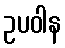
ဥပဝါန